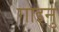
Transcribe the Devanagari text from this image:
गाइनु